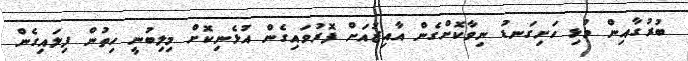
ބުރުގާއިން މުޅި ހަށިގަނޑު ނިވާކޮށްގެން އާއިޒުއަށް ފޮރުވައިގެން އުޅެނިކޮށް މިލިބުނީ ހިތުން ފިލައިގެން